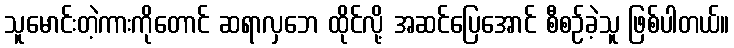
သူမောင်းတဲ့ကားကိုတောင် ဆရာလှဘေ ထိုင်လို့ အဆင်ပြေအောင် စီစဉ်ခဲ့သူ ဖြစ်ပါတယ်။